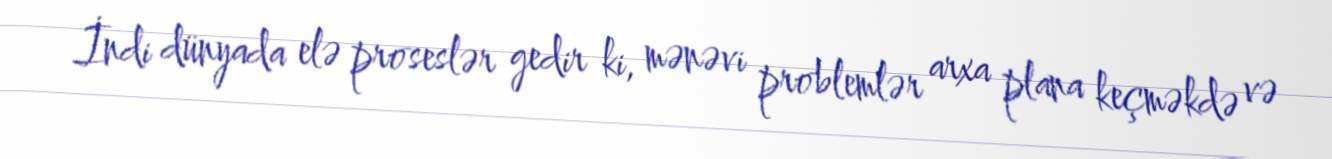
İndi dünyada elə proseslər gedir ki, mənəvi problemlər arxa plana keçməkdə və